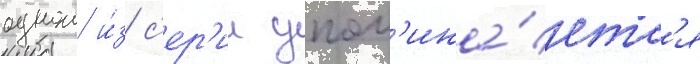
однои и́з с'ер'ии упом'ина́етс'я